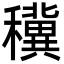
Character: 䆊